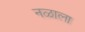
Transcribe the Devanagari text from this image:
नळाला